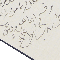
وفسح لهما على مرتين في ٨ شباط ١٩١٢